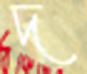
দ